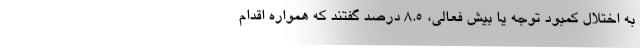
به اختلال کمبود توجه یا بیش فعالی، ۸.۵ درصد گفتند که همواره اقدام